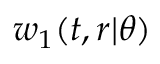
w _ { 1 } ( t , r | \theta )